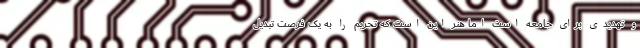
و تهدیدی برای جامعه است اما هنر این است که تحریم را به یک فرصت تبدیل